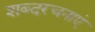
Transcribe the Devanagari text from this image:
शब्दरचनाएं